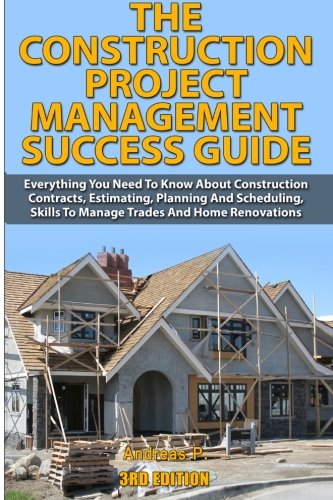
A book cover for The Construction Project Management Success Guide: Everything You Need To Know About Construction Contracts, Estimating, Planning and Scheduling, Skills to Manage Trades and Home Renovations; Andreas P; Arts & Photography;